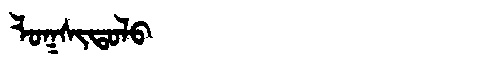
Manchu: ᠯᠣᡴᠰᡳᡨᠣᠯᠣ
Romanization: LOKSITOLO